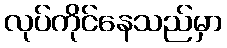
လုပ်ကိုင်နေသည်မှာ